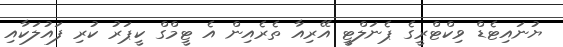
ޔުނައިޓެޑް ވިކްޓްރީގެ ޕެނަލްޓީ އޭރިއާ ތެރެއިން އެ ޓީމްގް ކީޕަރު ކުރި ފައުލަކާއި